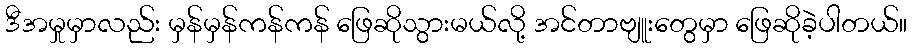
ဒီအမှုမှာလည်း မှန်မှန်ကန်ကန် ဖြေဆိုသွားမယ်လို့ အင်တာဗျူးတွေမှာ ဖြေဆိုခဲ့ပါတယ်။